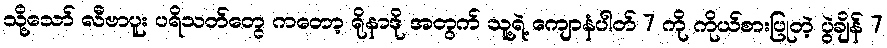
သို့သော် လီဗာပူး ပရိသတ်တွေ ကတော့ ရိုနာဒို အတွက် သူ့ရဲ့ ကျောနံပါတ် 7 ကို ကိုယ်စားပြုတဲ့ ပွဲချိန် 7